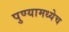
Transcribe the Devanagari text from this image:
पुण्यामध्येच